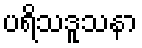
ပရိသဒူသနာ